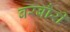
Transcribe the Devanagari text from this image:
बरबौरी